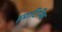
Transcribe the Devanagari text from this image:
इमाटिनिब